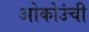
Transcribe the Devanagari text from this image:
ओकोउंची